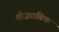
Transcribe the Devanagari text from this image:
मोज़राबिक